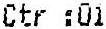
CTR :01